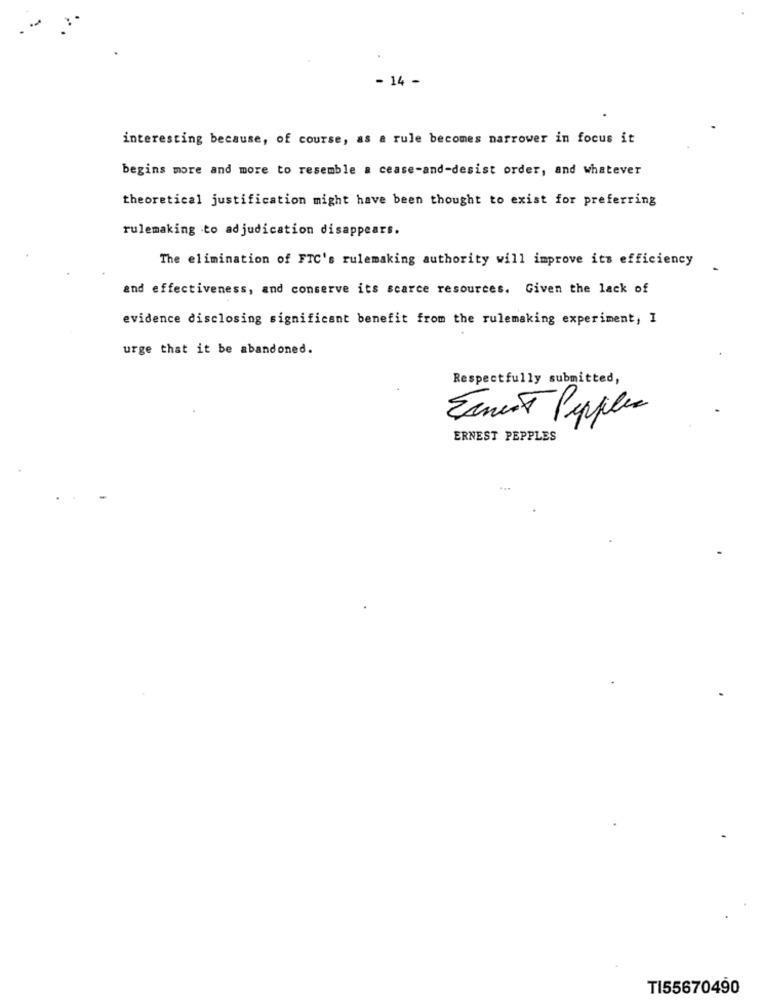
- 14 -
interesting because, of course, as a rule becomes narrower in focus it
begins more and more to resemble a cease-and-desist order, and whatever
theoretical justification might have been thought to exist for preferring
rulemaking to adjudication disappears.
The elimination of FTC's rulemaking authority will improve its efficiency
and effectiveness, and conserve its scarce resources. Given the lack of
evidence disclosing significant benefit from the rulemaking experiment, I
urge that it be abandoned.
Respectfully submitted,
Eanent Pupples
ERNEST PEPPLES
TI55670490